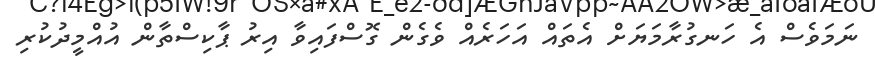
ނަމަވެސް އެ ހަނގުރާމަޔަށް އެތައް އަހަރެއް ވެގެން ގޮސްފައިވާ އިރު ޕާކިސްތާން އުއްމީދުކުރި